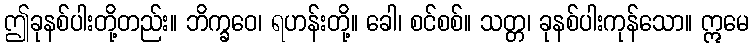
ဤခုနစ်ပါးတို့တည်း။ ဘိက္ခဝေ၊ ရဟန်းတို့။ ခေါ၊ စင်စစ်။ သတ္တ၊ ခုနစ်ပါးကုန်သော။ ဣမေ